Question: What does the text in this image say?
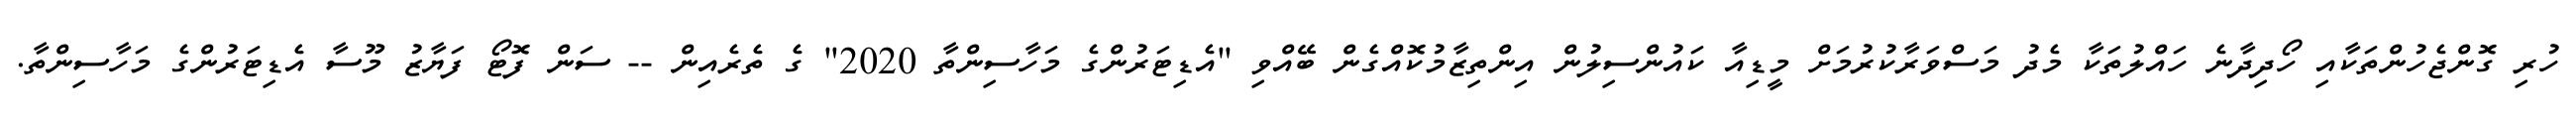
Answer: ހުރި ގޮންޖެހުންތަކާއި ހޯދިދާނެ ހައްލުތަކާ މެދު މަސްވަރާކުރުމަށް މީޑިއާ ކައުންސިލުން އިންތިޒާމުކޮއްގެން ބޭއްވި "އެޑިޓަރުންގެ މަހާސިންތާ 2020" ގެ ތެރެއިން -- ސަން ފޮޓޯ ފަޔާޒު މޫސާ އެޑިޓަރުންގެ މަހާސިންތާ.